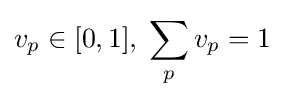
v_{p}\in [0,1],\;\sum _{p}v_{p}=1